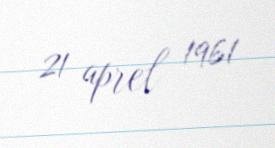
21 aprel 1961